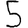
Digit: 5